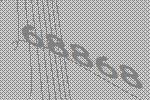
68868